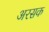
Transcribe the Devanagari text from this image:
अरसक